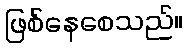
ဖြစ်နေစေသည်။